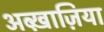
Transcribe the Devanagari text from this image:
अब्ख़ाज़िया